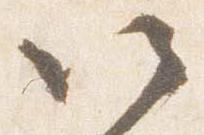
以